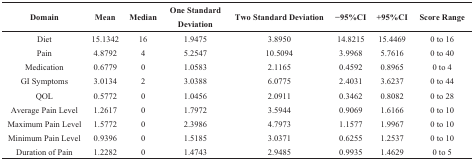
| Domain | Mean | Median | One Standard Deviation | Two Standard Deviation | −95%CI | +95%CI | Score Range |
 | --- | --- | --- | --- | --- | --- | --- | --- |
 | Diet | 15.1342 | 16 | 1.9475 | 3.8950 | 14.8215 | 15.4469 | 0 to 16 |
 | Pain | 4.8792 | 4 | 5.2547 | 10.5094 | 3.9968 | 5.7616 | 0 to 40 |
 | Medication | 0.6779 | 0 | 1.0583 | 2.1165 | 0.4592 | 0.8965 | 0 to 4 |
 | GI Symptoms | 3.0134 | 2 | 3.0388 | 6.0775 | 2.4031 | 3.6237 | 0 to 44 |
 | QOL | 0.5772 | 0 | 1.0456 | 2.0911 | 0.3462 | 0.8082 | 0 to 28 |
 | Average Pain Level | 1.2617 | 0 | 1.7972 | 3.5944 | 0.9069 | 1.6166 | 0 to 10 |
 | Maximum Pain Level | 1.5772 | 0 | 2.3986 | 4.7973 | 1.1577 | 1.9967 | 0 to 10 |
 | Minimum Pain Level | 0.9396 | 0 | 1.5185 | 3.0371 | 0.6255 | 1.2537 | 0 to 10 |
 | Duration of Pain | 1.2282 | 0 | 1.4743 | 2.9485 | 0.9935 | 1.4629 | 0 to 5 |